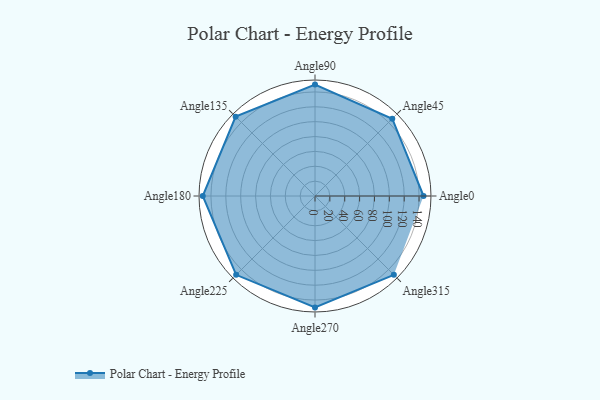
{"axis": {"x": "Angle", "y": "Radius"}, "legend": [""], "data": [{"x": "Angle0", "y": 146.0, "type": ""}, {"x": "Angle45", "y": 147.0, "type": ""}, {"x": "Angle90", "y": 150.0, "type": ""}, {"x": "Angle135", "y": 151.0, "type": ""}, {"x": "Angle180", "y": 151.0, "type": ""}, {"x": "Angle225", "y": 150.0, "type": ""}, {"x": "Angle270", "y": 150.0, "type": ""}, {"x": "Angle315", "y": 150.0, "type": ""}]}